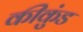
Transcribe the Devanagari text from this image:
कीकुंड